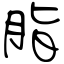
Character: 脂